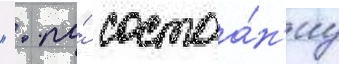
 ". по́ состоа́н'иу